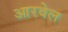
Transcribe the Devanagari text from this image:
आरवेल